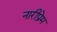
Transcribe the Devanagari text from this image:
नारीप्रेम